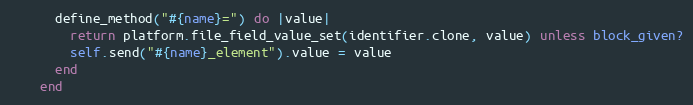
Language: Ruby
      define_method("#{name}=") do |value|
        return platform.file_field_value_set(identifier.clone, value) unless block_given?
        self.send("#{name}_element").value = value
      end
    end